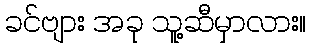
ခင်ဗျား အခု သူ့ဆီမှာလား။